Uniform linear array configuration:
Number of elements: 16
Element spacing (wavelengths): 1
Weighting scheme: binomial
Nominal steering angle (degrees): -30
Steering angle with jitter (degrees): -29.182
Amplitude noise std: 0.05
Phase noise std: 0.05

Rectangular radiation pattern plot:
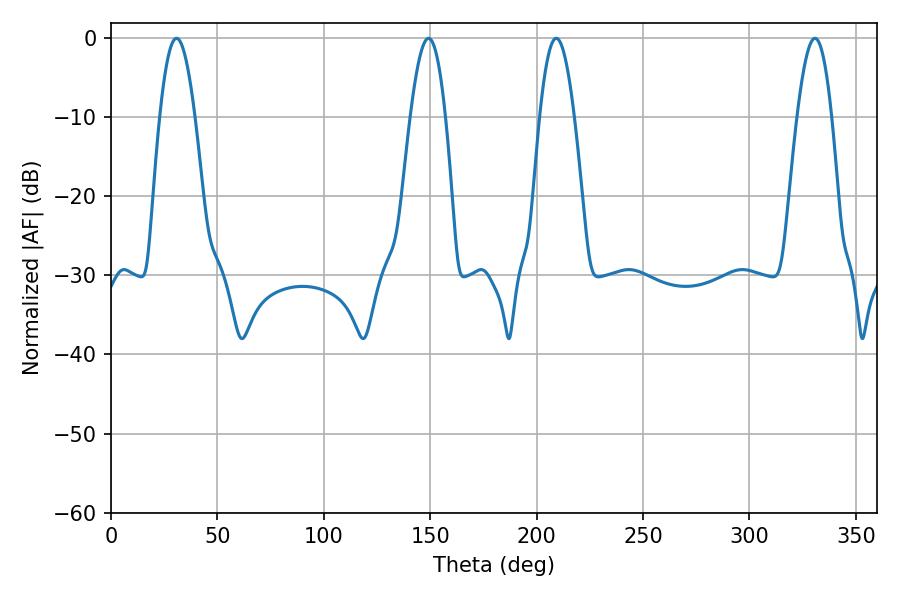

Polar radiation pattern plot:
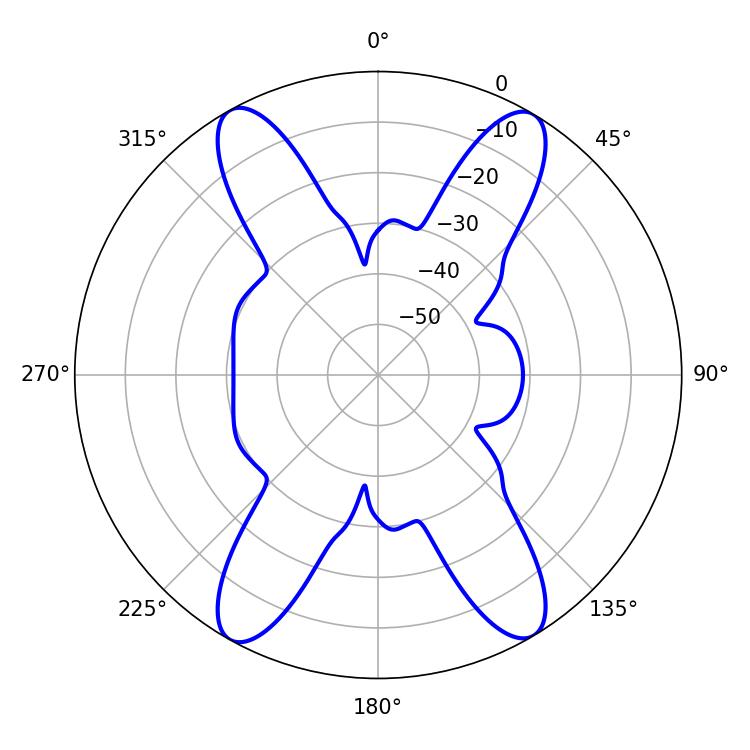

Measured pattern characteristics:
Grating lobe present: TRUE
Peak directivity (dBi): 22.801
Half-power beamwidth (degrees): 9
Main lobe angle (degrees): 30.78